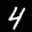
Label: 4